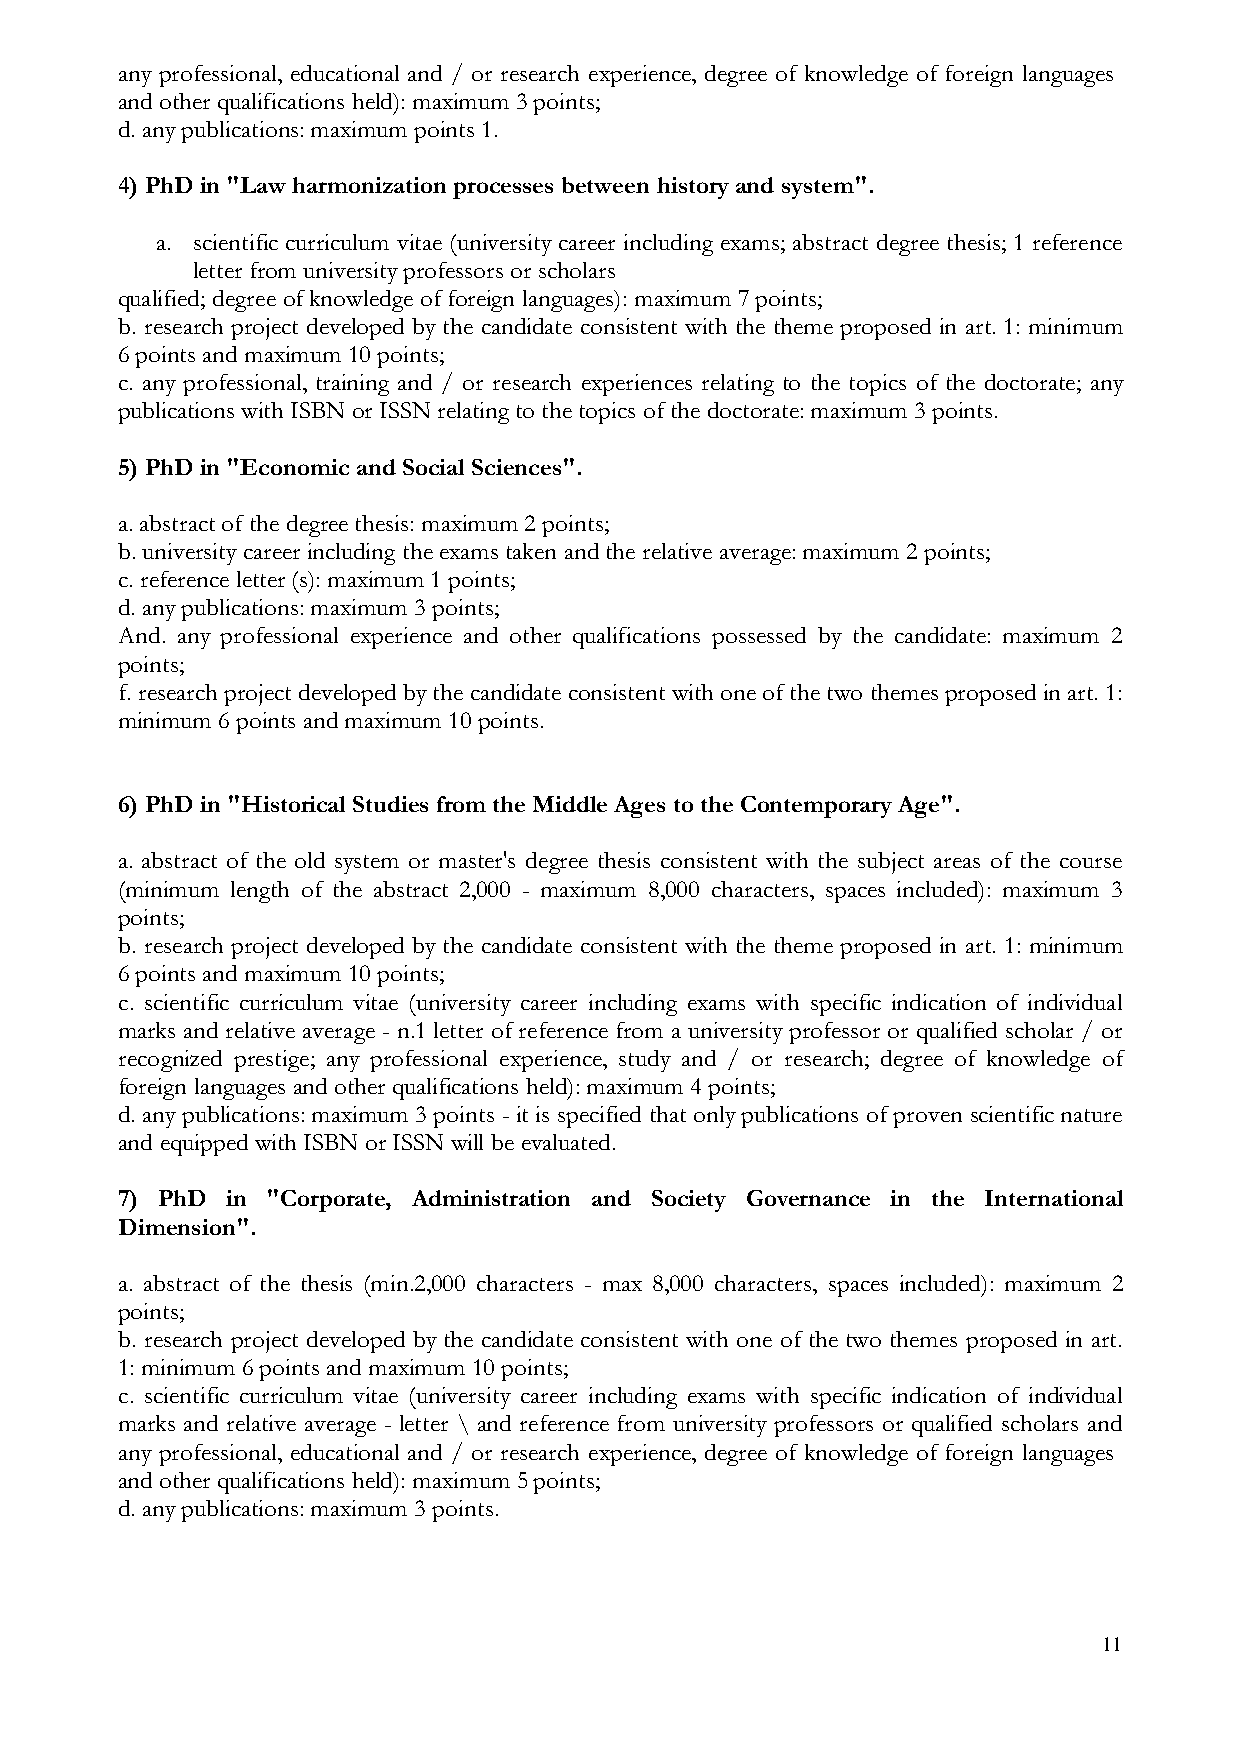
any professional, educational and / or research experience, degree of knowledge of foreign languages
 and other qualifications held): maximum 3 points;
 d. any publications: maximum points 1.
 4) PhD in "Law harmonization processes between history and system".
 a. scientific curriculum vitae (university career including exams; abstract degree thesis; 1 reference
 letter from university professors or scholars
 qualified; degree of knowledge of foreign languages): maximum 7 points;
 b. research project developed by the candidate consistent with the theme proposed in art. 1: minimum
 6 points and maximum 10 points;
 c. any professional, training and / or research experiences relating to the topics of the doctorate; any
 publications with ISBN or ISSN relating to the topics of the doctorate: maximum 3 points.
 5) PhD in "Economic and Social Sciences".
 a. abstract of the degree thesis: maximum 2 points;
 b. university career including the exams taken and the relative average: maximum 2 points;
 c. reference letter (s): maximum 1 points;
 d. any publications: maximum 3 points;
 And. any professional experience and other qualifications possessed by the candidate: maximum 2
 points;
 f. research project developed by the candidate consistent with one of the two themes proposed in art. 1:
 minimum 6 points and maximum 10 points.
 6) PhD in "Historical Studies from the Middle Ages to the Contemporary Age".
 a. abstract of the old system or master's degree thesis consistent with the subject areas of the course
 (minimum length of the abstract 2,000 - maximum 8,000 characters, spaces included): maximum 3
 points;
 b. research project developed by the candidate consistent with the theme proposed in art. 1: minimum
 6 points and maximum 10 points;
 c. scientific curriculum vitae (university career including exams with specific indication of individual
 marks and relative average - n.1 letter of reference from a university professor or qualified scholar / or
 recognized prestige; any professional experience, study and / or research; degree of knowledge of
 foreign languages and other qualifications held): maximum 4 points;
 d. any publications: maximum 3 points - it is specified that only publications of proven scientific nature
 and equipped with ISBN or ISSN will be evaluated.
 7) PhD in "Corporate, Administration and Society Governance in the International
 Dimension".
 a. abstract of the thesis (min.2,000 characters - max 8,000 characters, spaces included): maximum 2
 points;
 b. research project developed by the candidate consistent with one of the two themes proposed in art.
 1: minimum 6 points and maximum 10 points;
 c. scientific curriculum vitae (university career including exams with specific indication of individual
 marks and relative average - letter \ and reference from university professors or qualified scholars and
 any professional, educational and / or research experience, degree of knowledge of foreign languages
 and other qualifications held): maximum 5 points;
 d. any publications: maximum 3 points.
 11